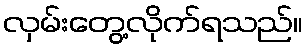
လှမ်းတွေ့လိုက်ရသည်။